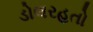
ડોલરહતો